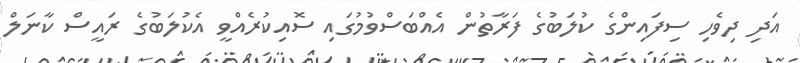
އަދި ދިވެހި ސިފައިންގެ ކުލަބުގެ ފަރާތުން އެއްބަސްވުމުގައި ސޮއިކުރެއްވީ އެކުލަބުގެ ރައީސް ކާނަލް